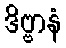
ဒိဗ္ဗာနံ